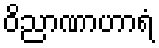
ဝိညာဏာဟာရံ